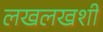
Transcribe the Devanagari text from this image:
लखलखशी